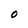
Character: O